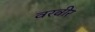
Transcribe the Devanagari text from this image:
वरवीर